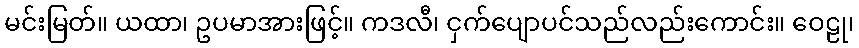
မင်းမြတ်။ ယထာ၊ ဥပမာအားဖြင့်။ ကဒလီ၊ ငှက်ပျောပင်သည်လည်းကောင်း။ ဝေဠု၊